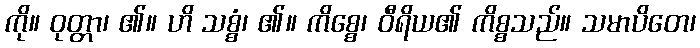
ကို။ ဝုတ္တာ၊ ၏။ ဟိ သစ္စံ၊ ၏။ ကိစ္စေ၊ ဝီရိယ၏ ကိစ္စသည်။ သမာပိတေ၊